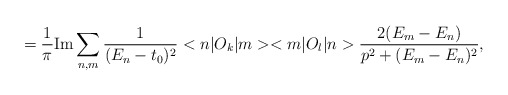
\begin{align*}=\frac{1}{\pi } {\rm Im} \sum_{n,m} \frac{1}{(E_{n}-t_0)^{2}} <n| O_{k}|m><m| O_{l} |n>\frac{2(E_{m} -E_{n})}{p^{2} + (E_{m} - E_{n} )^{2}},\end{align*}